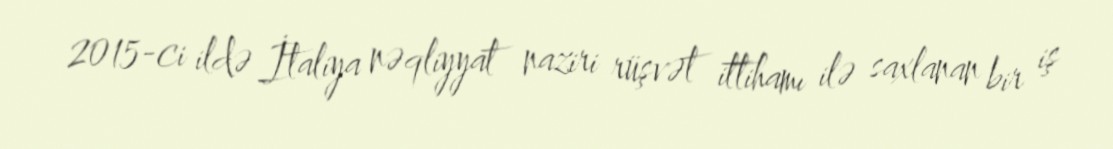
2015-ci ildə İtaliya nəqliyyat naziri rüşvət ittihamı ilə saxlanan bir iş